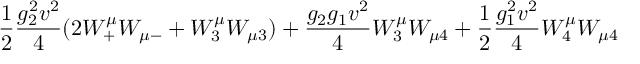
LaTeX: \frac 1 2 { \frac { g _ { 2 } ^ { 2 } v ^ { 2 } } { 4 } } ( 2 W _ { + } ^ { \mu } W _ { \mu - } + W _ { 3 } ^ { \mu } W _ { \mu 3 } ) + { \frac { g _ { 2 } g _ { 1 } v ^ { 2 } } { 4 } } W _ { 3 } ^ { \mu } W _ { \mu 4 } + \frac 1 2 { \frac { g _ { 1 } ^ { 2 } v ^ { 2 } } { 4 } } W _ { 4 } ^ { \mu } W _ { \mu 4 }